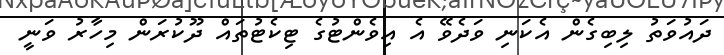
ދައުވަތު ލިބިގެން އެކަނި ވަދެވޭ އެ އިވެންޓުގެ ޓިކެޓުތައް ދޫކުރަން މިހާރު ވަނީ